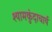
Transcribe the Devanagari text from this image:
श्यामकुंदाचार्य